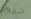
استهلاك